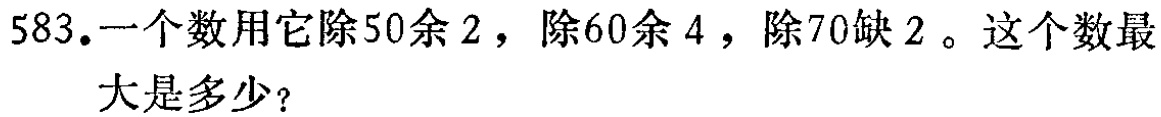
583.一个数用它除50余2，除60余4，除70缺2。这个数最大是多少？